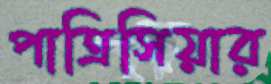
পাত্রিসিয়ার